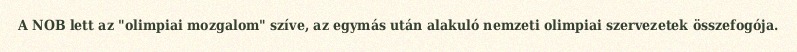
A NOB lett az "olimpiai mozgalom" szíve, az egymás után alakuló nemzeti olimpiai szervezetek összefogója.